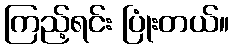
ကြည့်ရင်း ပြုံးတယ်။